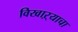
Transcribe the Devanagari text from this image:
विखाऱ्याचा